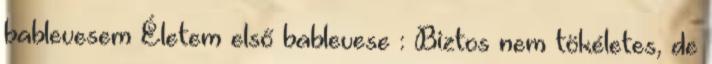
bablevesem Életem első bablevese : Biztos nem tökéletes, de